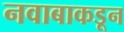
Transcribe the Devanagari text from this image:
नवाबाकडून